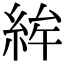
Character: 𥿵